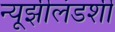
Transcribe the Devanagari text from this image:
न्यूझीलंडशी